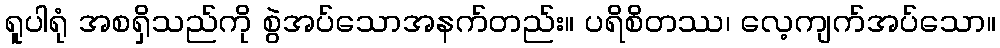
ရူပါရုံ အစရှိသည်ကို စွဲအပ်သောအနက်တည်း။ ပရိစိတဿ၊ လေ့ကျက်အပ်သော။